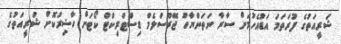
ޝަރީއަތުގެ ފުރަތަމަ އަޑުއެހުމަށް ސާރާ ނަތަންޔާހޫ ޖޭރޫސަލެމް ޑިސްޓްރިކްޓް ކޯޓަށް ހާޟިރުކޮށް ޝަރީއަތުގެ